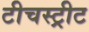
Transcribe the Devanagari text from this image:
टीचस्ट्रीट